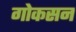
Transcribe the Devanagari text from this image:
गोकसन